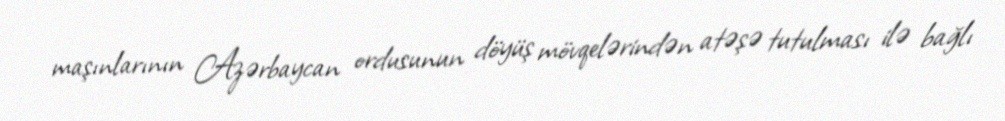
maşınlarının Azərbaycan ordusunun döyüş mövqelərindən atəşə tutulması ilə bağlı